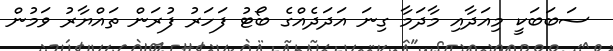
ސަބަބަކީ މިއަދާއި މާދަމާ ގިނަ އަދަދެއްގެ ބޯޓު ފަހަރު ފުރަން ތައްޔާރު ވަމުން